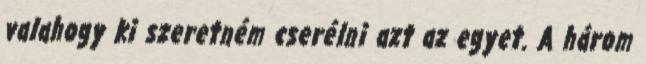
valahogy ki szeretném cserélni azt az egyet. A három